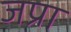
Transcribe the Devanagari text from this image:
जप्रा